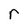
Character: r